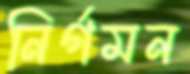
নির্গমন